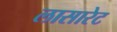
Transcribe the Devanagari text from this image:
लासारेट